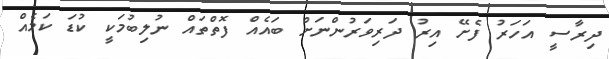
ދިރާސީ އަހަރު ފެށޭ އިރު ދަރިވަރުންނަށް ބައެއް ފޮތްތައް ނުލިބުމަކީ ކުޑަ ކަމެއް